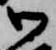
御